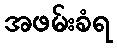
အဖမ်းခံရ